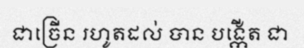
ជាច្រើន រហូតដល់ បាន បង្កើត ជា